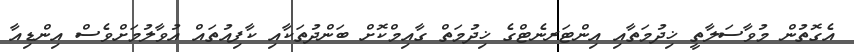
އެގޮތުން މުވާސަލާތީ ޚިދުމަތާއި އިންޓަރނެޓްގެ ޚިދުމަތް ގާއިމްކޮށް ބަންދުތަކާއި ކާފިއުތައް އުވާލުމަށްވެސް އިންޑިއާ